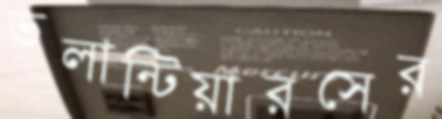
ভলান্টিয়ারসের